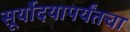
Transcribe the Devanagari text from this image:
सूर्योदयापर्यंतचा